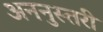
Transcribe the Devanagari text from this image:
अननुस्तरी